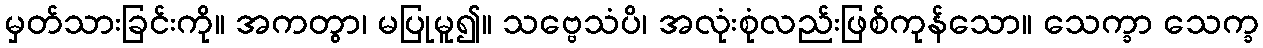
မှတ်သားခြင်းကို။ အကတွာ၊ မပြုမူ၍။ သဗ္ဗေသံပိ၊ အလုံးစုံလည်းဖြစ်ကုန်သော။ သေက္ခာ သေက္ခ